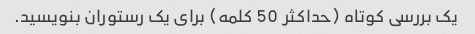
یک بررسی کوتاه (حداکثر 50 کلمه) برای یک رستوران بنویسید.